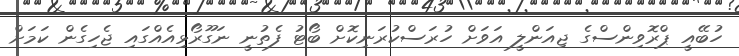
ހުބޭއީ ޕްރޮވިންސްގެ ޖިއަންލީ އަވަށް ހުރަސްކުރަނިކޮށް ބޯޓު ފެތުނީ ނަގޫރޯޅިއެއްގައި ޖެހިގެން ކަމަށް